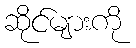
ဆိုင်များကို